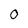
Character: 0